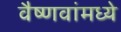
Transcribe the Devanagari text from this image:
वैष्णवांमध्ये